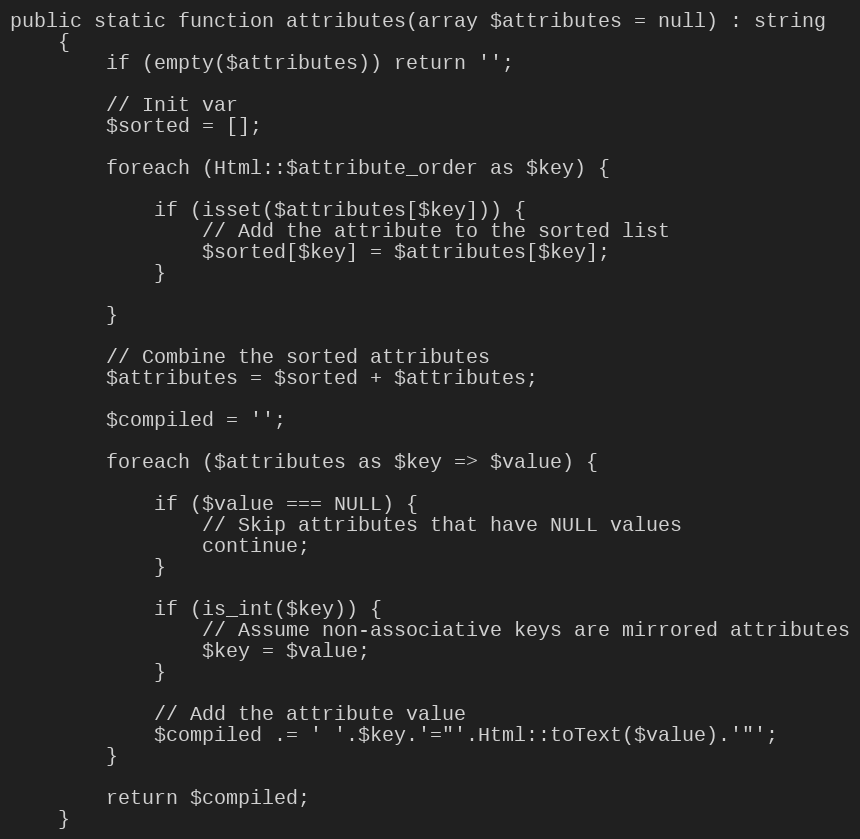
Language: PHP
public static function attributes(array $attributes = null) : string
    {
        if (empty($attributes)) return '';

        // Init var
        $sorted = [];

        foreach (Html::$attribute_order as $key) {

            if (isset($attributes[$key])) {
                // Add the attribute to the sorted list
                $sorted[$key] = $attributes[$key];
            }

        }

        // Combine the sorted attributes
        $attributes = $sorted + $attributes;

        $compiled = '';

        foreach ($attributes as $key => $value) {

            if ($value === NULL) {
                // Skip attributes that have NULL values
                continue;
            }

            if (is_int($key)) {
                // Assume non-associative keys are mirrored attributes
                $key = $value;
            }

            // Add the attribute value
            $compiled .= ' '.$key.'="'.Html::toText($value).'"';
        }

        return $compiled;
    }